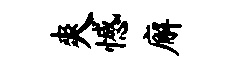
爽憾廨